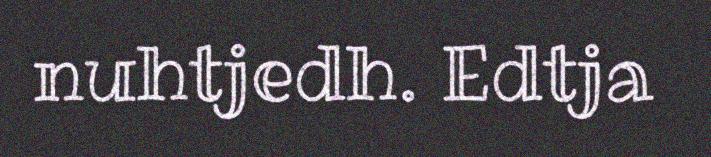
nuhtjedh. Edtja